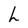
Character: h